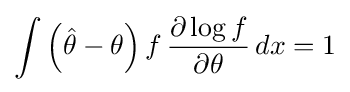
\int \left({\hat {\theta }}-\theta \right)f\,{\frac {\partial \log f}{\partial \theta }}\,dx=1